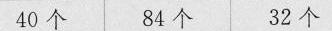
40个 84个 32个